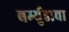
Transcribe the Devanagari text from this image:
बर्म्युडाचा